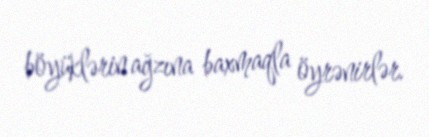
böyüklərin ağzına baxmaqla öyrənirlər.